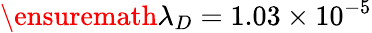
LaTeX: \ensuremath{\lambda}_{D}=1.03\times 10^{-5}